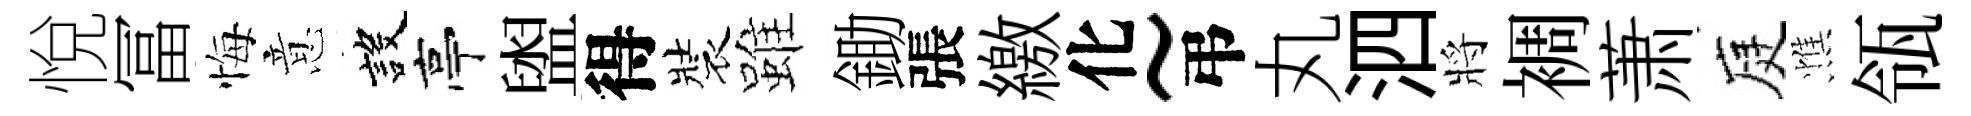
悅冨悔意設亭盥得裝雖鋤張繳化~弔丸泗將裯萧庭憔瓴